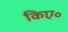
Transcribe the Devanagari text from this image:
किए॰